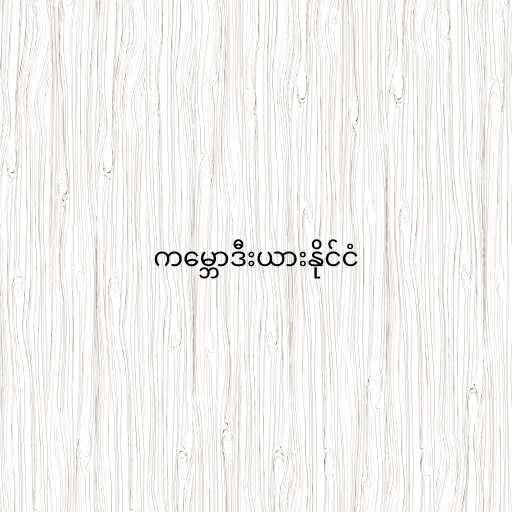
ကမ္ဘောဒီးယားနိုင်ငံ